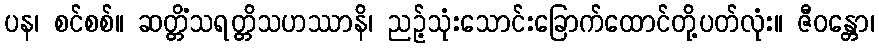
ပန၊ စင်စစ်။ ဆတ္တိံသရတ္တိသဟဿာနိ၊ ညဉ့်သုံးသောင်းခြောက်ထောင်တို့ပတ်လုံး။ ဇီဝန္တော၊